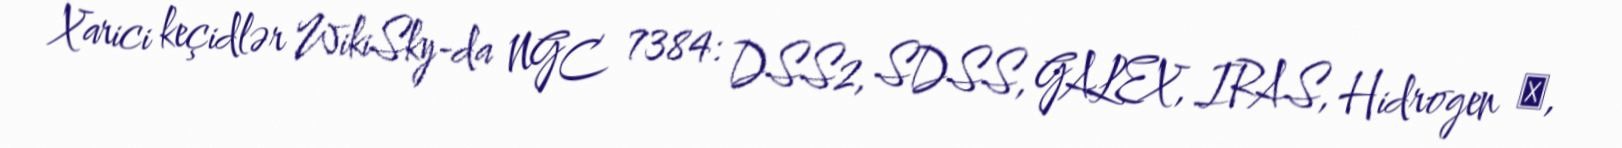
Xarici keçidlər WikiSky-da NGC 7384: DSS2, SDSS, GALEX, IRAS, Hidrogen α,